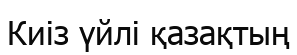
Киіз үйлі қазақтың